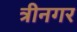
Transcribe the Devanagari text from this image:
त्रीनगर